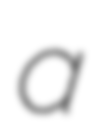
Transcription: a